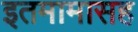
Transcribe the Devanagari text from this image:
इतमामासह